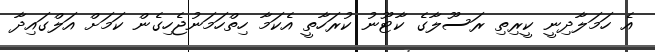
އެ ހަމަލާދިނީ ކީރިތި ރަސޫލާގެ ކާޓޫނު ކުރަހާތީ އެކަމާ ހިތްހަމަނުޖެހިގެން ކަމަށް އަލްގައިދާ